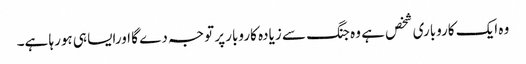
وہ ایک کاروباری شخص ہے وہ جنگ سے زیادہ کاروبار پر توجہ دے گا اورایسا ہی ہورہا ہے۔